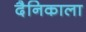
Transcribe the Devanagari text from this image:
दैनिकाला